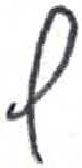
אות: ף